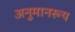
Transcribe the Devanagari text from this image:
अनुमानरूप